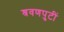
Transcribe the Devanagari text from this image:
श्रवणपुटीं